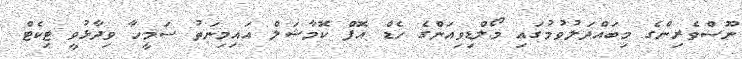
ނޫސްވެެރިންގެ މިބައްދަލުވުމުގައި މޯލްޑިވިއަންގެ ހެޑް އޮފް ކޮމާޝަލް އައިމިނަތު ސަމީހާ ވިދާޅުވީ ޓިކެޓް